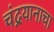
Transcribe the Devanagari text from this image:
चंद्रयानाचा